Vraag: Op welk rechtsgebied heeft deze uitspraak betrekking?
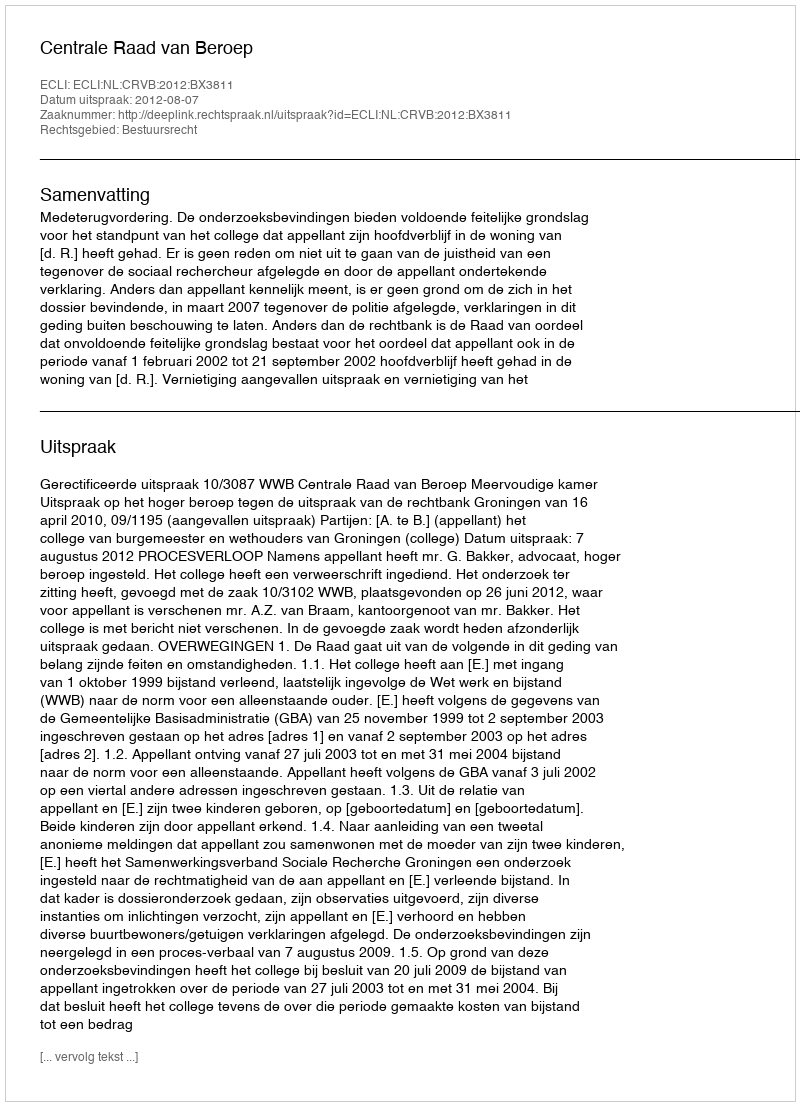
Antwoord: Bestuursrecht